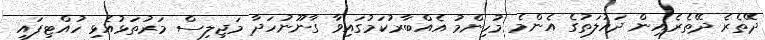
ދޭތެރެ ދޭތެރެއިން ދައުލަތުގެ އެންމެ މުހިންމު އެއްބާރުކަމުގައިވާ ގާނޫނުހަދާ މަޖިލިސް މަރުތަޅުއެޅި ހުއްޓިފައި